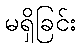
မရှိခြင်း